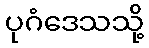
ပုဂံဒေသသို့